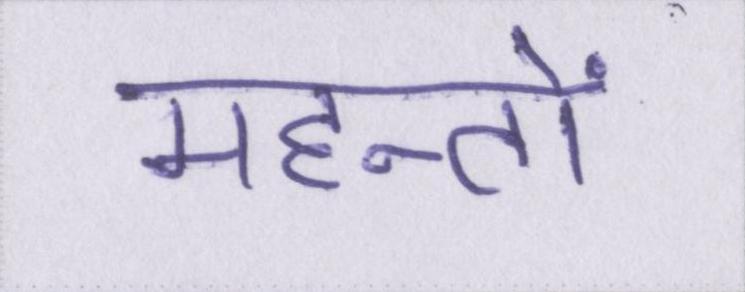
महन्तों